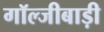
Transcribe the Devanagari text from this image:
गॉल्जीबाड़ी